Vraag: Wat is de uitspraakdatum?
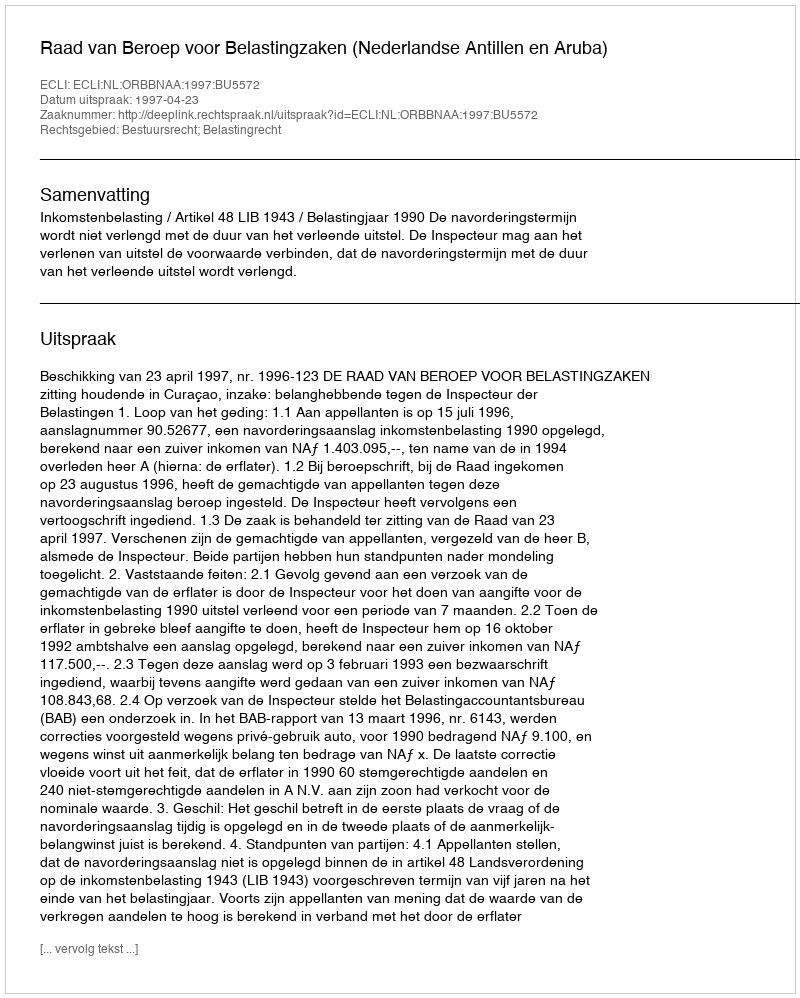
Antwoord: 1997-04-23